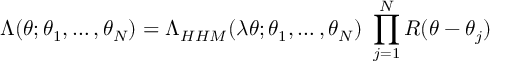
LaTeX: \Lambda ( \theta ; \theta _ { 1 } , \ldots , \theta _ { N } ) = \Lambda _ { H H M } ( \lambda \theta ; \theta _ { 1 } , \ldots , \theta _ { N } ) \ \prod _ { j = 1 } ^ { N } R ( \theta - \theta _ { j } )